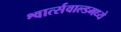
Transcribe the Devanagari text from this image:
श्वार्त्सवाल्डमध्ये